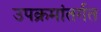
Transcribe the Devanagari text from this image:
उपक्रमांतर्गत